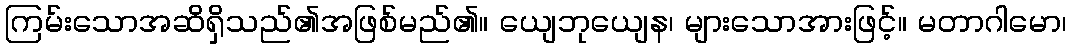
ကြမ်းသောအဆိရှိသည်၏အဖြစ်မည်၏။ ယျေဘုယျေန၊ များသောအားဖြင့်။ မတာဂါမော၊